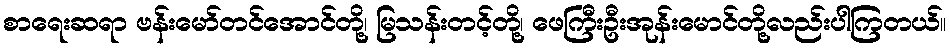
စာရေးဆရာ ဗန်းမော်တင်အောင်တို့၊ မြသန်းတင့်တို့၊ ဖေကြီးဦးအုန်းမောင်တို့လည်းပါကြတယ်။